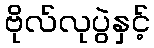
ဗိုလ်လုပွဲနှင့်